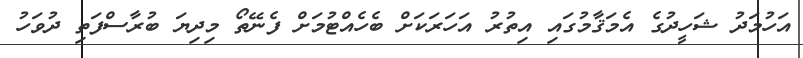
އަހުމަދު ޝަހީދުގެ އެމަޤާމުގައި އިތުރު އަހަރަކަށް ބެހެއްޓުމަށް ފެނޭތޯ މިދިޔަ ބުރާސްފަތި ދުވަހު